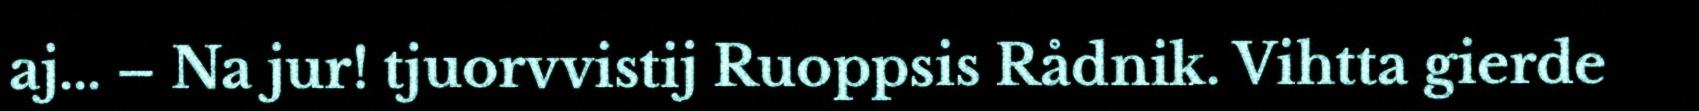
aj... – Na jur! tjuorvvistij Ruoppsis Rådnik. Vihtta gierde